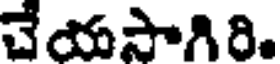
చేయసాగిరి.